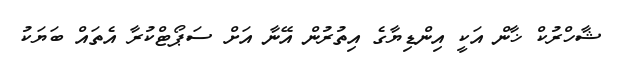
ޝާހްރުކް ޚާން އަކީ އިންޑިޔާގެ އިތުރުން އޭނާ އަށް ސަޕޯޓްކުރާ އެތައް ބަޔަކު